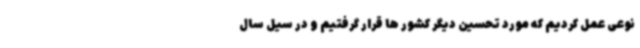
نوعی عمل کردیم که مورد تحسین دیگر کشور ها قرار گرفتیم و در سیل سال